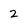
Character: 2